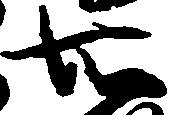
知